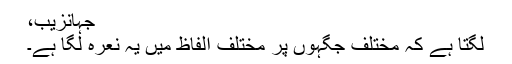
جہانزیب،
لگتا ہے کہ مختلف جگہوں پر مختلف الفاظ میں یہ نعرہ لگا ہے۔